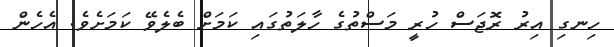
ހިނގި އިރު ރޮޖަސް ހުރީ މަސްތުގެ ހާލަތުގައި ކަމަށް ބެލެވޭ ކަމަށެވެ. އެހެން